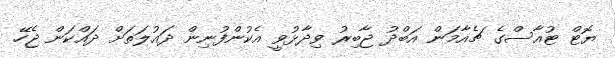
ޔޮޓް ޓުއާސްގެ ޗެއާމަން އަބްދު ޖާބިރު ވިދާޅުވީ އެކުންފުނިން ދައުލަތަށް ދައްކަން ޖެހޭ